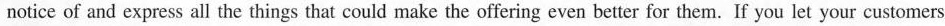
notice of and express all the things that could make the offering even better for them. If you let your customers